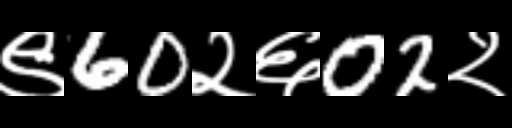
Text: ९60२६02२